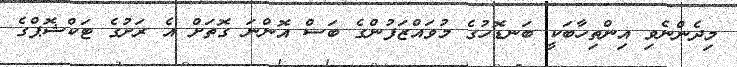
މިދެންނެވި އިންތިހާބަކީ ބަނޑޮހުގެ މުވައްޒަފުންގެ ބަސް އޮންނަ ގޮތަށް އެ ރަށުގެ ޓަކްޝޮޕްގެ